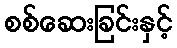
စစ်ဆေးခြင်းနှင့်